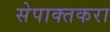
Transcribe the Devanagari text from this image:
सेपाक्तकरा